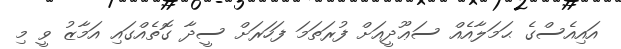
އައިއެސްގެ ޙަމަލާއެއް ސަޢޫދީއަށް ފުރަތަމަ ފަހަރަށް ސީދާ ގޮތެއްގައި އަމާޒު ވީ މި